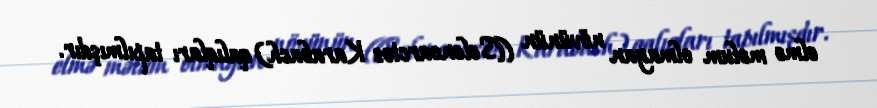
elmə məlum olmayan növünün ((Selenoarctos Karabach) qalıqları tapılmışdır.